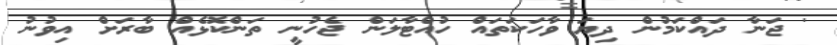
' ޖަނާ ދައްކަމުން ދިޔަ ވާހަކަތައް ހުއްޓާލަން ޖެހުނީ ތަންކޮޅެއް ބާރަށް އިވުނު